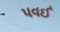
પવઈ